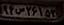
۹۴س۲۶۱۵۳